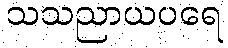
သသညာယပရေ